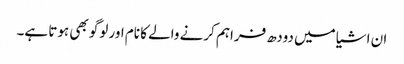
ان اشیا میں دودھ فراہم کرنے والے کا نام اور لوگو بھی ہوتا ہے۔